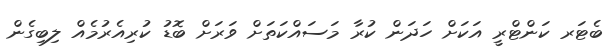
ބެޓަރ ކަންޓްރީ އަކަށް ހަދަން ކުރާ މަސައްކަތަށް ވަރަށް ބޮޑު ކުރިއެރުމެއް ލިބިގެން